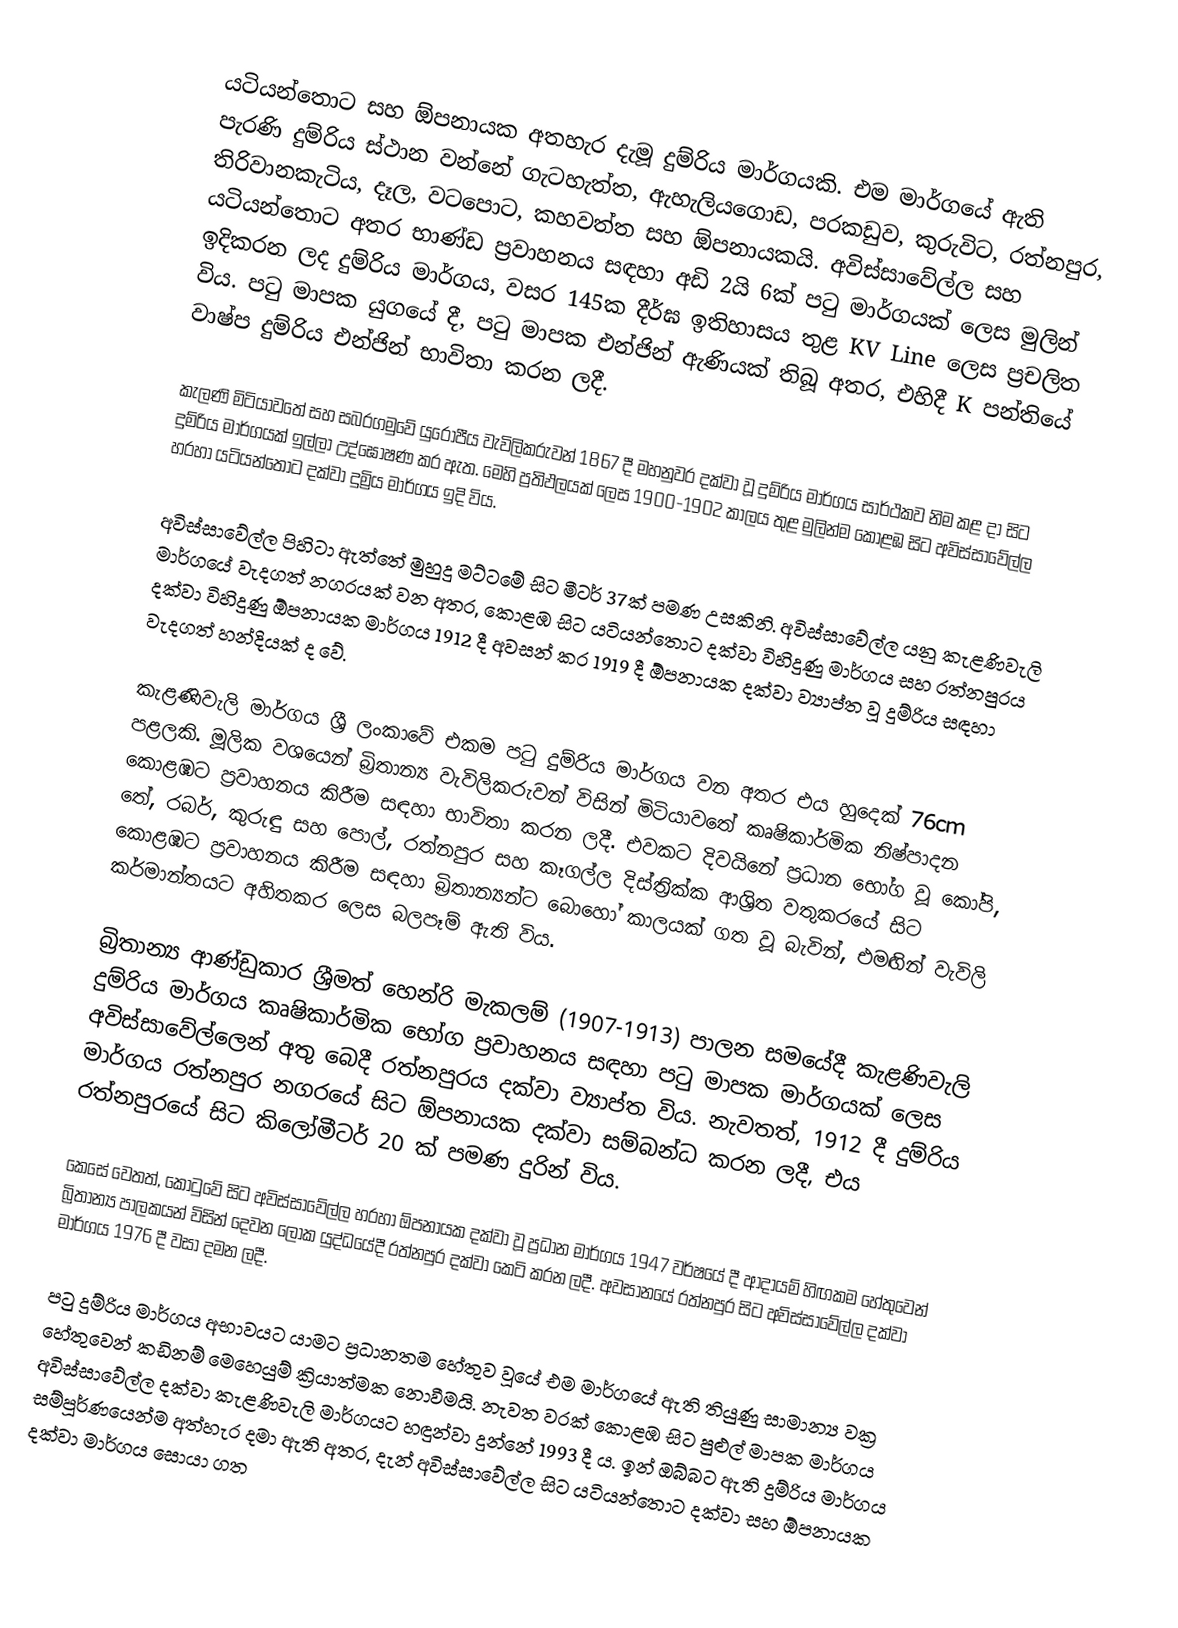
යටියන්තොට සහ ඕපනායක අතහැර දැමූ දුම්රිය මාර්ගයකි. එම මාර්ගයේ ඇති පැරණි දුම්රිය ස්ථාන වන්නේ ගැටහැත්ත, ඇහැලියගොඩ, පරකඩුව, කුරුවිට, රත්නපුර, තිරිවානකැටිය, දෑල, වටපොට, කහවත්ත සහ ඕපනායකයි. අවිස්සාවේල්ල සහ යටියන්තොට අතර භාණ්ඩ ප්‍රවාහනය සඳහා අඩි 2යි 6ක් පටු මාර්ගයක් ලෙස මුලින් ඉදිකරන ලද දුම්රිය මාර්ගය, වසර 145ක දීර්ඝ ඉතිහාසය තුළ KV Line ලෙස ප්‍රචලිත විය. පටු මාපක යුගයේ දී, පටු මාපක එන්ජින් ඇණියක් තිබූ අතර, එහිදී K පන්තියේ වාෂ්ප දුම්රිය එන්ජින් භාවිතා කරන ලදී.

කැලණි මිටියාවතේ සහ සබරගමුවේ යුරෝපීය වැවිලිකරුවන් 1867 දී මහනුවර දක්වා වූ දුම්රිය මාර්ගය සාර්ථකව නිම කළ දා සිට දුම්රිය මාර්ගයක් ඉල්ලා උද්ඝෝෂණ කර ඇත. මෙහි ප්‍රතිඵලයක් ලෙස 1900-1902 කාලය තුළ මුලින්ම කොළඹ සිට අවිස්සාවේල්ල හරහා යටියන්තොට දක්වා දුම්‍රිය මාර්ගය ඉදි විය.

අවිස්සාවේල්ල පිහිටා ඇත්තේ මුහුදු මට්ටමේ සිට මීටර් 37ක් පමණ උසකිනි. අවිස්සාවේල්ල යනු කැළණිවැලි මාර්ගයේ වැදගත් නගරයක් වන අතර, කොළඹ සිට යටියන්තොට දක්වා විහිදුණු මාර්ගය සහ රත්නපුරය දක්වා විහිදුණු ඕපනායක මාර්ගය 1912 දී අවසන් කර 1919 දී ඕපනායක දක්වා ව්‍යාප්ත වූ දුම්රිය සඳහා වැදගත් හන්දියක් ද වේ.

කැළණිවැලි මාර්ගය ශ්‍රී ලංකාවේ එකම පටු දුම්රිය මාර්ගය වන අතර එය හුදෙක් 76cm පළලකි. මූලික වශයෙන් බ්‍රිතාන්‍ය වැවිලිකරුවන් විසින් මිටියාවතේ කෘෂිකාර්මික නිෂ්පාදන කොළඹට ප්‍රවාහනය කිරීම සඳහා භාවිතා කරන ලදී. එවකට දිවයිනේ ප්‍රධාන භෝග වූ කෝපි, තේ, රබර්, කුරුඳු සහ පොල්, රත්නපුර සහ කෑගල්ල දිස්ත්‍රික්ක ආශ්‍රිත වතුකරයේ සිට කොළඹට ප්‍රවාහනය කිරීම සඳහා බ්‍රිතාන්‍යන්ට බොහෝ කාලයක් ගත වූ බැවින්, එමඟින් වැවිලි කර්මාන්තයට අහිතකර ලෙස බලපෑම් ඇති විය.

බ්‍රිතාන්‍ය ආණ්ඩුකාර ශ්‍රීමත් හෙන්රි මැකලම් (1907-1913) පාලන සමයේදී කැළණිවැලි දුම්රිය මාර්ගය කෘෂිකාර්මික භෝග ප්‍රවාහනය සඳහා පටු මාපක මාර්ගයක් ලෙස අවිස්සාවේල්ලෙන් අතු බෙදී රත්නපුරය දක්වා ව්‍යාප්ත විය. නැවතත්, 1912 දී දුම්රිය මාර්ගය රත්නපුර නගරයේ සිට ඕපනායක දක්වා සම්බන්ධ කරන ලදී, එය රත්නපුරයේ සිට කිලෝමීටර් 20 ක් පමණ දුරින් විය.

කෙසේ වෙතත්, කොටුවේ සිට අවිස්සාවේල්ල හරහා ඕපනායක දක්වා වූ ප්‍රධාන මාර්ගය 1947 වර්ෂයේ දී ආදායම් හිඟකම හේතුවෙන් බ්‍රිතාන්‍ය පාලකයන් විසින් දෙවන ලෝක යුද්ධයේදී රත්නපුර දක්වා කෙටි කරන ලදී. අවසානයේ රත්නපුර සිට අවිස්සාවේල්ල දක්වා මාර්ගය 1976 දී වසා දමන ලදී.

පටු දුම්රිය මාර්ගය අභාවයට යාමට ප්‍රධානතම හේතුව වූයේ එම මාර්ගයේ ඇති තියුණු සාමාන්‍ය වක්‍ර හේතුවෙන් කඩිනම් මෙහෙයුම් ක්‍රියාත්මක නොවීමයි. නැවත වරක් කොළඹ සිට පුළුල් මාපක මාර්ගය අවිස්සාවේල්ල දක්වා කැළණිවැලි මාර්ගයට හඳුන්වා දුන්නේ 1993 දී ය. ඉන් ඔබ්බට ඇති දුම්රිය මාර්ගය සම්පූර්ණයෙන්ම අත්හැර දමා ඇති අතර, දැන් අවිස්සාවේල්ල සිට යටියන්තොට දක්වා සහ ඕපනායක දක්වා මාර්ගය සොයා ගත